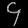
Digit: ၄